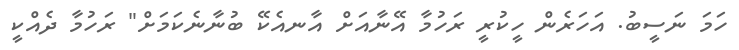
ހަމަ ނަސީބު. އަހަރެން ހީކުރީ ރަހުމާ އޭނާއަށް އާނއެކޭ ބުނާނެކަމަށް" ރަހުމާ ދެއްކީ